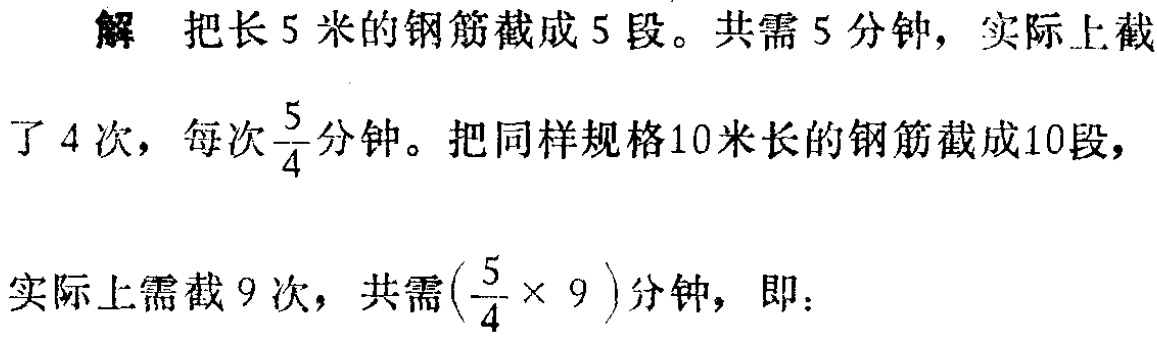
解 把长5米的钢筋截成5段。共需5分钟，实际上截了4次，每次$\frac{5}{4}$分钟。把同样规格10米长的钢筋截成10段，实际上需截9次，共需$(\frac{5}{4} \times 9)$分钟，即：